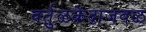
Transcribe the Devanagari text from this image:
वर्तुळकेंद्राजवळ